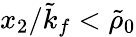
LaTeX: x_{2}/\tilde{k}_{f}<\tilde{\rho}_{0}